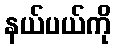
နယ်ပယ်ကို